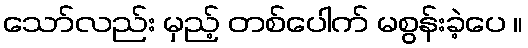
သော်လည်း မှည့် တစ်ပေါက် မစွန်းခဲ့ပေ ။